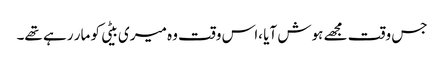
جس وقت مجھے ہوش آیا ،اس وقت وہ میری بیٹی کو مار رہے تھے۔